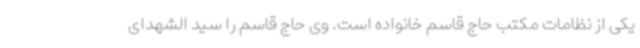
یکی از نظامات مکتب حاج قاسم خانواده است. وی حاج قاسم را سید الشهدای